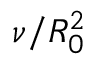
\nu / R _ { 0 } ^ { 2 }